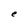
Character: e